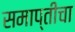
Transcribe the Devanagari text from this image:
समाप्तीचा